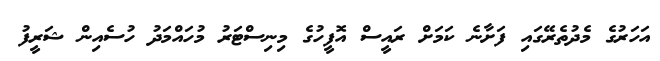
އަހަރުގެ މެދުތެރޭގައި ފަށާނެ ކަމަށް ރައީސް އޮފީހުގެ މިނިސްޓަރު މުހައްމަދު ހުސެއިން ޝަރީފު